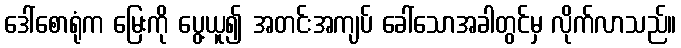
ဒေါ်စောရုံက မြေးကို ပွေ့ယူ၍ အတင်းအကျပ် ခေါ်သောအခါတွင်မှ လိုက်လာသည်။